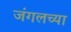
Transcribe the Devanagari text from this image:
जंगलच्या